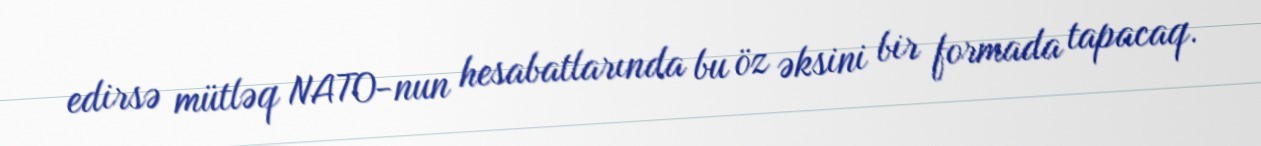
edirsə mütləq NATO-nun hesabatlarında bu öz əksini bir formada tapacaq.